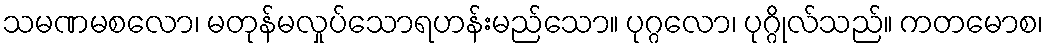
သမဏမစလော၊ မတုန်မလှုပ်သောရဟန်းမည်သော။ ပုဂ္ဂလော၊ ပုဂ္ဂိုလ်သည်။ ကတမောစ၊